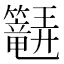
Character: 𬖆